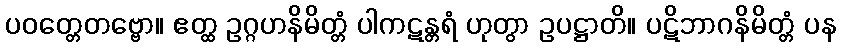
ပဝတ္တေတဗ္ဗော။ ဧတ္ထ ဥဂ္ဂဟနိမိတ္တံ ပါကဋန္တရံ ဟုတွာ ဥပဋ္ဌာတိ။ ပဋိဘာဂနိမိတ္တံ ပန